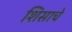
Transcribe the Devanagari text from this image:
शिसाचे